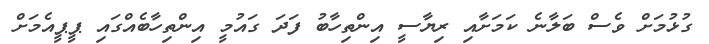
ގުޅުމަށް ވެސް ބަލާނެ ކަމަށާއި ރިޔާސީ އިންތިހާބު ފަދަ ގައުމީ އިންތިހާބެއްގައި ޕީޕީއެމަށް